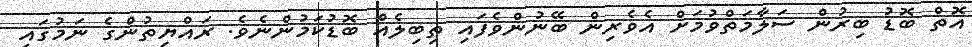
އޮތް ބޮޑު ބިރުން ސަލާމަތްވުމަށް އެވެރިން ބޭނުންވެފައި ތިބިލެއް ބޮޑުކަމުންނެވެ. ރައްޔިތުންގެ ނަމުގައި